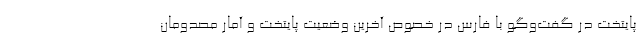
پایتخت در گفت‌وگو با فارس در خصوص آخرین وضعیت پایتخت و آمار مصدومان